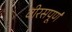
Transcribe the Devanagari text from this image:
वीरसपूर्ण